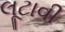
લૂટાવી